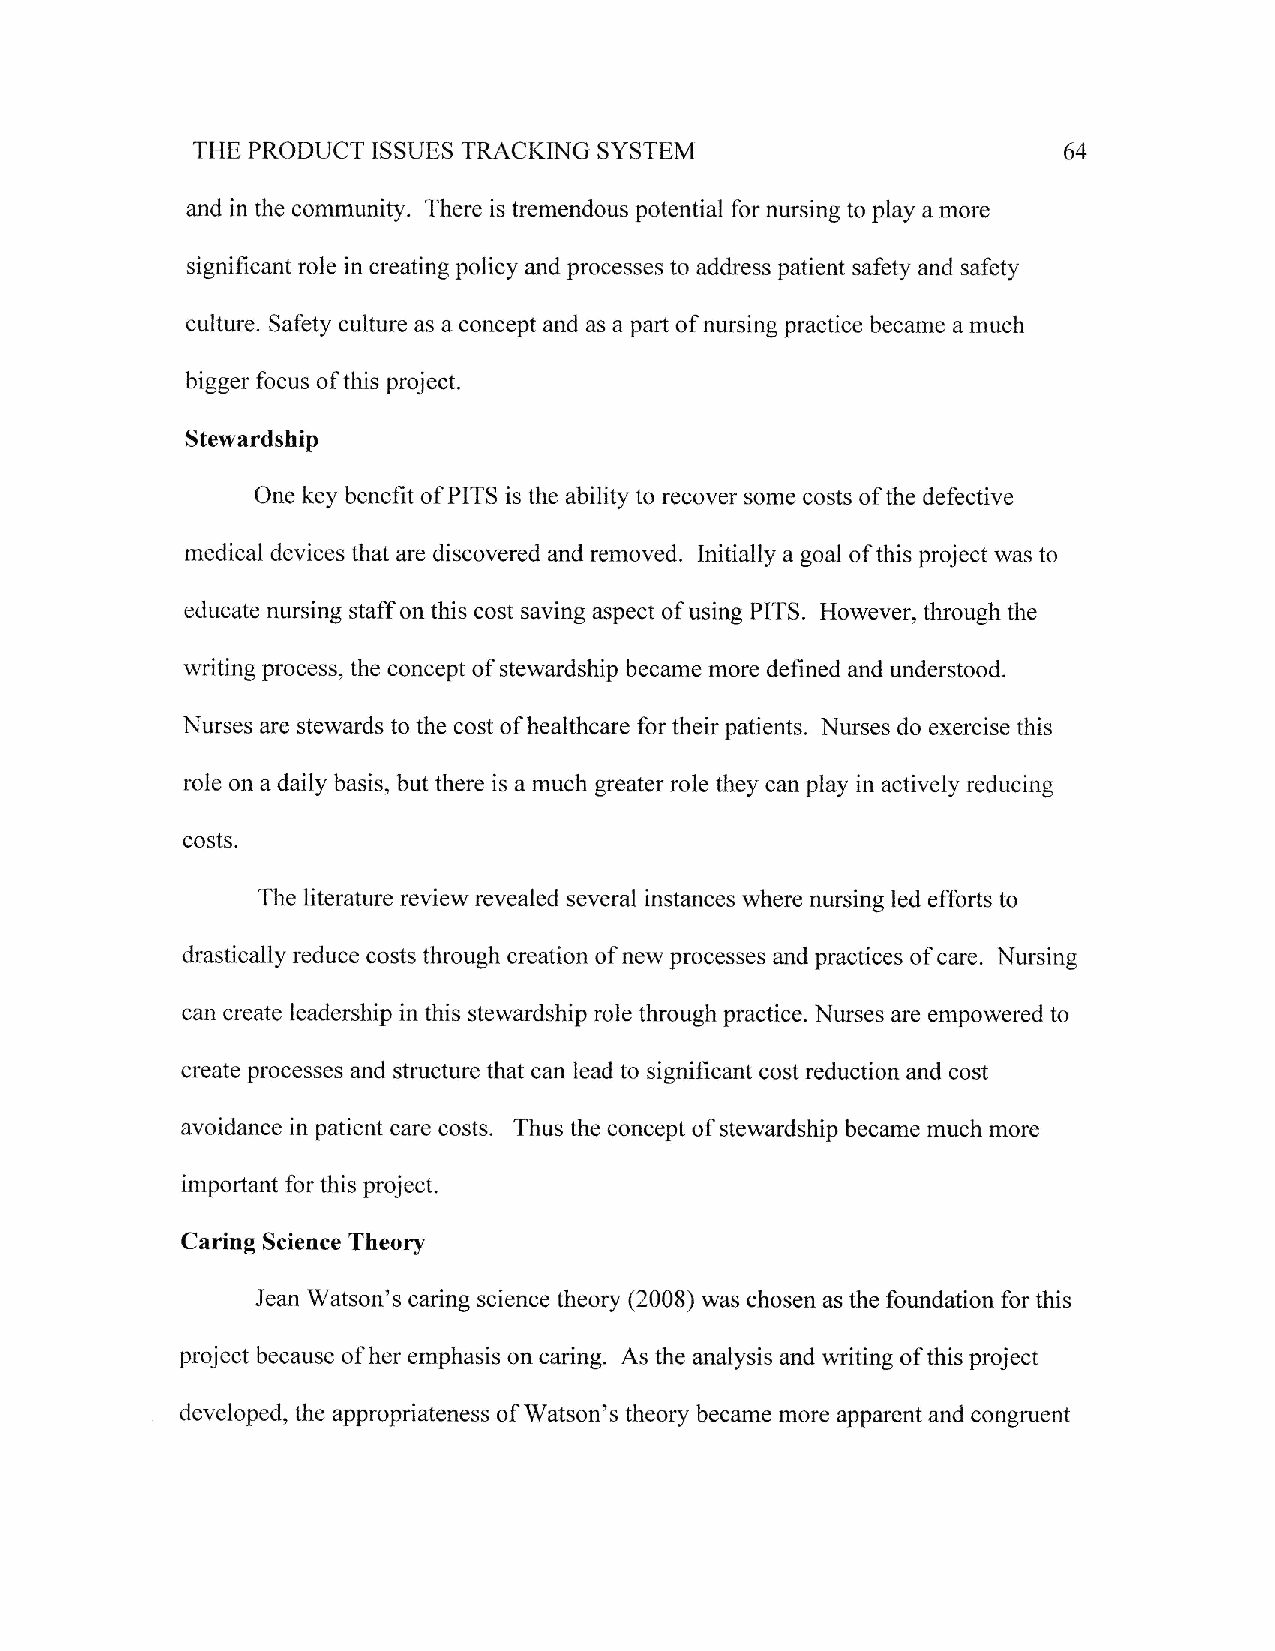
SYSTEM
 THE PRODUCT ISSUES TRACKING                              64
 and in the community. T'here is tremendous potential for nursing to play a more
 significant role in creating policy and processes to address patient safety and safety
 culture. Safety culture as a concept and as a part of nursing practice became a much
 bigger focus of this project.
 Stewardship
 One key benefit of PITS is the ability to recover some costs of the defective
 medical devices that are discovered and removed. Initially a goal of this project was to
 educate nursing staff on this cost saving aspect of using PITS. However, through the
 writing process, the concept of stewardship became more defined and understood.
 Nurses are stewards to the cost of healthcare for their patients. Nurses do exercise this
 role on a daily basis, but there is a much greater role they can play in actively reducing
 costs.
 The literature review revealed several instances where nursing led efforts to
 drastically reduce costs through creation of new processes and practices of care. Nursing
 can create leadership in this stewardship role through practice. Nurses are empowered to
 create processes and structure that can lead to significant cost reduction and cost
 avoidance in patient care costs. Thus the concept of stewardship became much more
 important for this project.
 Caring Seience Theory
 Jean Watson's caring science theory (2008) was chosen as the foundation for this
 project because of her emphasis on caring. As the analysis and writing of this project
 developed, the appropriateness of Watson's theory became more apparent and congruent